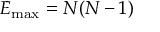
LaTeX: E _ { \operatorname* { m a x } } = N ( N - 1 )